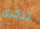
تذكرى